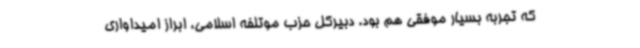
که تجربه بسیار موفقی هم بود. دبیرکل حزب موتلفه اسلامی، ابراز امیداواری